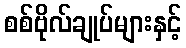
စစ်ဗိုလ်ချုပ်များနှင့်